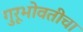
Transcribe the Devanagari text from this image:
गुरूभोवतीचा